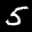
Label: 5